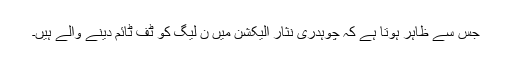
جس سے ظاہر ہوتا ہے کہ چوہدری نثار الیکشن میں ن لیگ کو ٹف ٹائم دینے والے ہیں۔